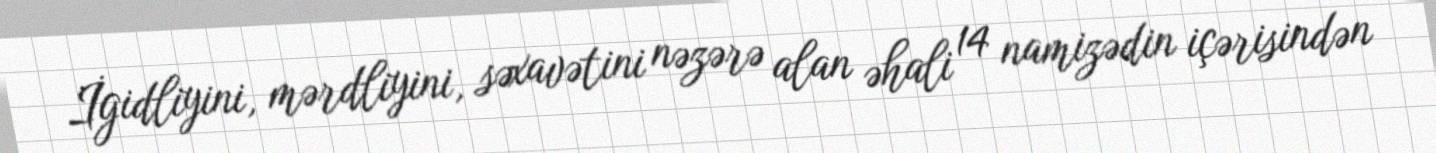
İgidliyini, mərdliyini, səxavətini nəzərə alan əhali 14 namizədin içərisindən